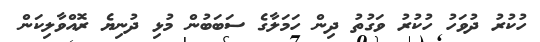
ހުކުރު ދުވަހު ހުކުރު ވަގުތު ދިން ހަމަލާގެ ސަބަބުން މުޅި ދުނިޔެ ރޮއްވާލިކަން